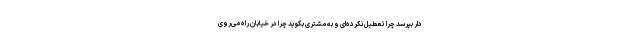
دار بپرسد چرا تعطیل نکرده‌ای و به مشتری بگوید چرا در خیابان راه می‌روی